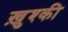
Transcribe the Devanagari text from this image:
ख़ुश्की